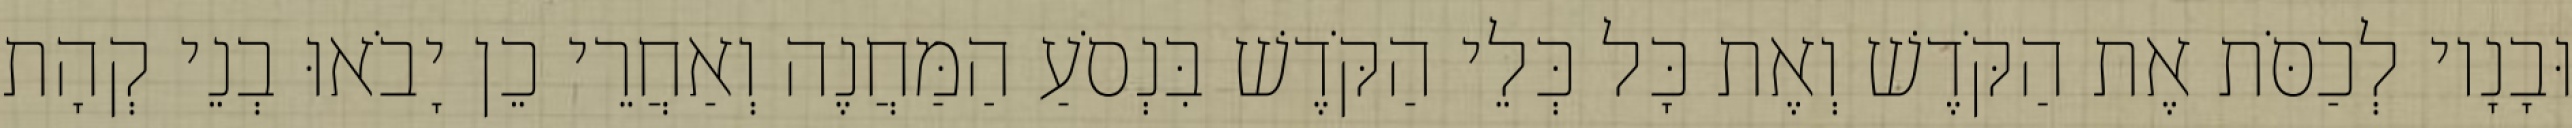
וּבָנָיו לְכַסֹּת אֶת הַקֹּדֶשׁ וְאֶת כָּל כְּלֵי הַקֹּדֶשׁ בִּנְסֹעַ הַמַּחֲנֶה וְאַחֲרֵי כֵן יָבֹאוּ בְנֵי קְהָת